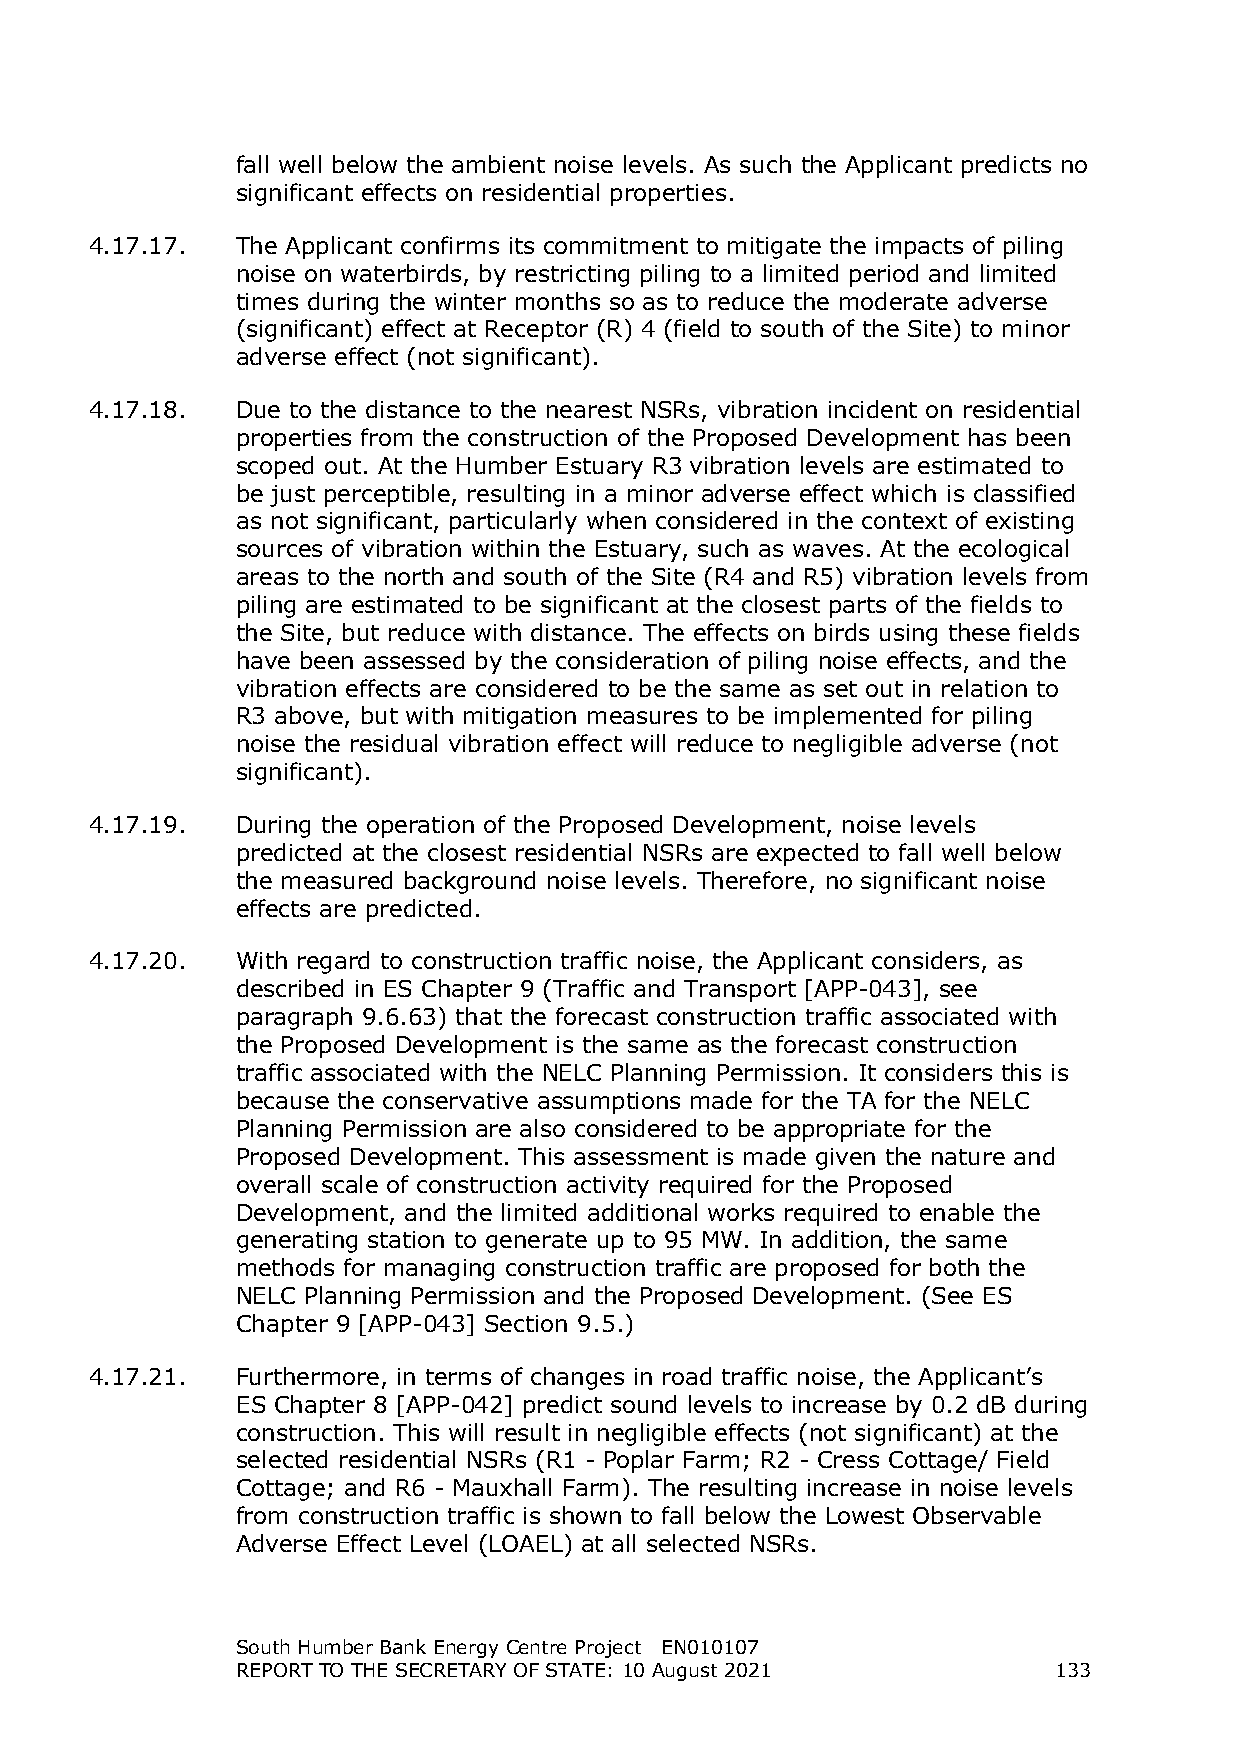
fall well below the ambient noise levels. As such the Applicant predicts no
 significant effects on residential properties.
 4.17.17.  The Applicant confirms its commitment to mitigate the impacts of piling
 noise on waterbirds, by restricting piling to a limited period and limited
 times during the winter months so as to reduce the moderate adverse
 (significant) effect at Receptor (R) 4 (field to south of the Site) to minor
 adverse effect (not significant).
 4.17.18.  Due to the distance to the nearest NSRs, vibration incident on residential
 properties from the construction of the Proposed Development has been
 scoped out. At the Humber Estuary R3 vibration levels are estimated to
 be just perceptible, resulting in a minor adverse effect which is classified
 as not significant, particularly when considered in the context of existing
 sources of vibration within the Estuary, such as waves. At the ecological
 areas to the north and south of the Site (R4 and R5) vibration levels from
 piling are estimated to be significant at the closest parts of the fields to
 the Site, but reduce with distance. The effects on birds using these fields
 have been assessed by the consideration of piling noise effects, and the
 vibration effects are considered to be the same as set out in relation to
 R3 above, but with mitigation measures to be implemented for piling
 noise the residual vibration effect will reduce to negligible adverse (not
 significant).
 4.17.19.  During the operation of the Proposed Development, noise levels
 predicted at the closest residential NSRs are expected to fall well below
 the measured background noise levels. Therefore, no significant noise
 effects are predicted.
 4.17.20.  With regard to construction traffic noise, the Applicant considers, as
 described in ES Chapter 9 (Traffic and Transport [APP-043], see
 paragraph 9.6.63) that the forecast construction traffic associated with
 the Proposed Development is the same as the forecast construction
 traffic associated with the NELC Planning Permission. It considers this is
 because the conservative assumptions made for the TA for the NELC
 Planning Permission are also considered to be appropriate for the
 Proposed Development. This assessment is made given the nature and
 overall scale of construction activity required for the Proposed
 Development, and the limited additional works required to enable the
 generating station to generate up to 95 MW. In addition, the same
 methods for managing construction traffic are proposed for both the
 NELC Planning Permission and the Proposed Development. (See ES
 Chapter 9 [APP-043] Section 9.5.)
 4.17.21.  Furthermore, in terms of changes in road traffic noise, the Applicant’s
 ES Chapter 8 [APP-042] predict sound levels to increase by 0.2 dB during
 construction. This will result in negligible effects (not significant) at the
 selected residential NSRs (R1 - Poplar Farm; R2 - Cress Cottage/ Field
 Cottage; and R6 - Mauxhall Farm). The resulting increase in noise levels
 from construction traffic is shown to fall below the Lowest Observable
 Adverse Effect Level (LOAEL) at all selected NSRs.
 South Humber Bank Energy Centre Project EN010107
 REPORT TO THE SECRETARY OF STATE: 10 August 2021      133